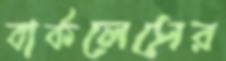
বার্কলেসের